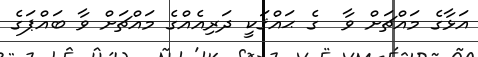
އަޅާގެ މައްޗަށް ވާ  ގެ ޙައްޤަކީ ދަރިއެއްގެ މައްޗަށް ވާ ބައްޕަގެ